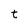
Character: t